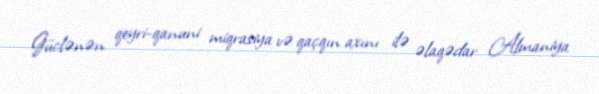
Güclənən qeyri-qanuni miqrasiya və qaçqın axını ilə əlaqədar Almaniya